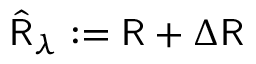
\hat { { \sf R } } _ { \lambda } : = { \sf R } + \Delta { \sf R }